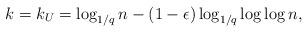
LaTeX: \begin{align*} k = k_U = \log_{1/q} n - (1-\epsilon)\log_{1/q}\log\log n,\end{align*}